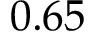
0 . 6 5